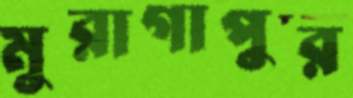
মুরাগাপুর